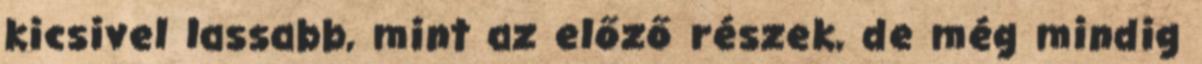
kicsivel lassabb, mint az előző részek, de még mindig